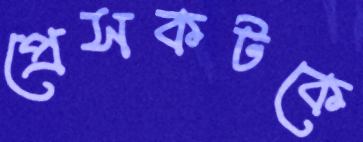
প্রেসকটকে